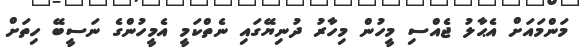
މަންމައަށް އެޙާލު ޖެއްސި މީހުން މިހާރު ދުނިޔޭގައި ނެތްކަމީ އެމީހުންގެ ނަސީބޭ ހިތަށް